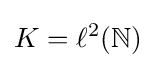
K=\ell ^{2}(\mathbb {N} )